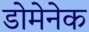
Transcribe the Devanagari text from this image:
डोमेनेक